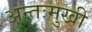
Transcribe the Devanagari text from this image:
अन्तःमुखी